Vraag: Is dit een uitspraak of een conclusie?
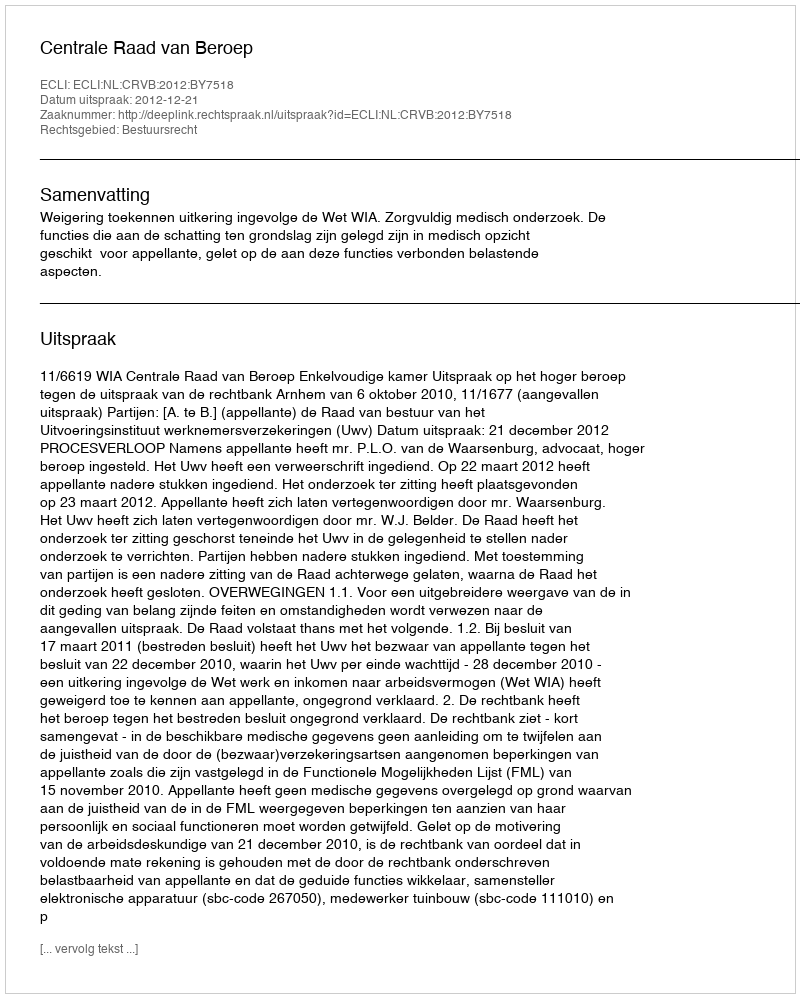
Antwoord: Uitspraak